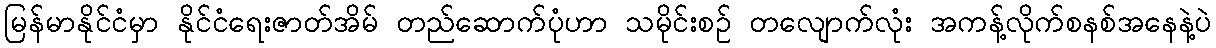
မြန်မာနိုင်ငံမှာ နိုင်ငံရေးဇာတ်အိမ် တည်ဆောက်ပုံဟာ သမိုင်းစဉ် တလျောက်လုံး အကန့်လိုက်စနစ်အနေနဲ့ပဲ